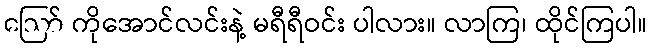
ဪ ကိုအောင်လင်းနဲ့ မရီရီဝင်း ပါလား။ လာကြ၊ ထိုင်ကြပါ။